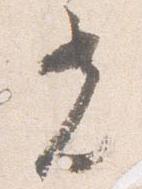
光